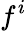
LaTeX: f^{i}